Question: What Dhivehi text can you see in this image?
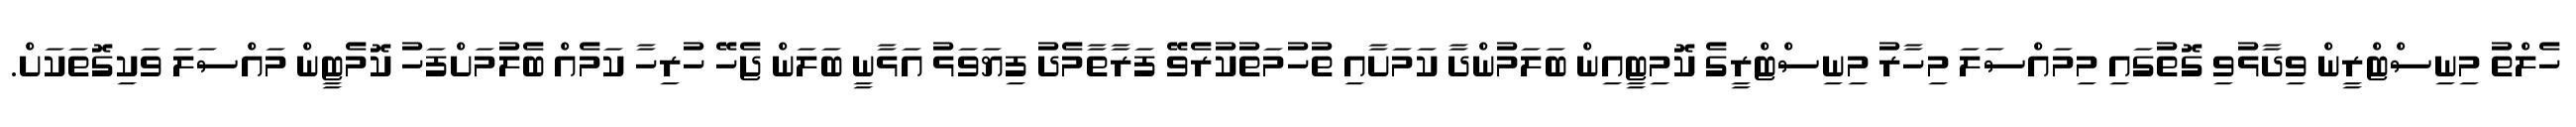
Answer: ހެލްތު މިނިސްޓްރީން ވިދާޅުވި ގޮތުގައި މިމައްސަލަ މިހާރު މިނިސްޓްރީގެ ކޮމިޓީއިން ބަލަމުންދާ ކަމަށާއި ތުހުމަތުކުރެވޭ ފަރާތާމެދު ފިޔަވަޅު އަޅާނީ ބަލަން ޖެހޭ ހުރިހާ ކަމެއް ބެލުމަށްފަހު ކޮމެޓީން މައްސަލަ ވަކިގޮތަކަށް.